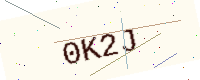
Text: 0K2J